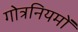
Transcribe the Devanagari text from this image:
गोत्रनियमों